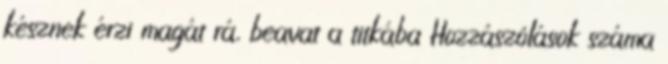
késznek érzi magát rá, beavat a titkába Hozzászólások száma